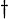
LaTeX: \scriptstyle\dagger